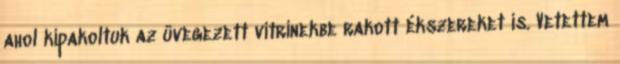
ahol kipakoltuk az üvegezett vitrinekbe rakott ékszereket is. Vetettem